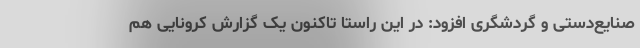
صنایع‌دستی و گردشگری افزود: در این راستا تاکنون یک گزارش کرونایی هم